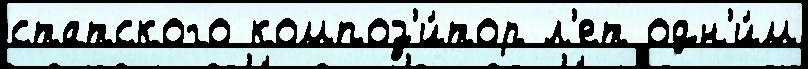
статского композ'и́тор л'ет одн'и́м